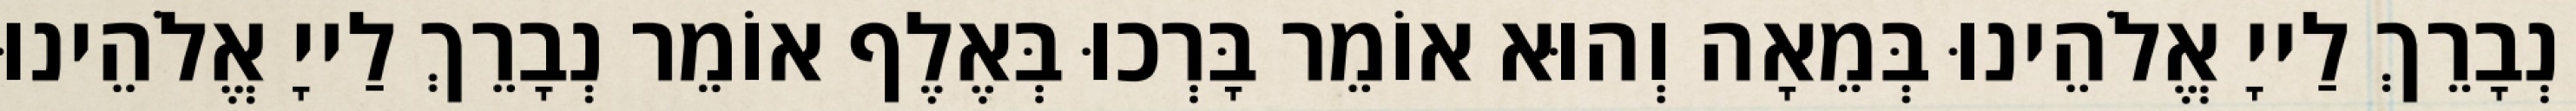
נְבָרֵךְ לַייָ אֱלֹהֵינוּ בְּמֵאָה וְהוּא אוֹמֵר בָּרְכוּ בְּאֶלֶף אוֹמֵר נְבָרֵךְ לַייָ אֱלֹהֵינוּ